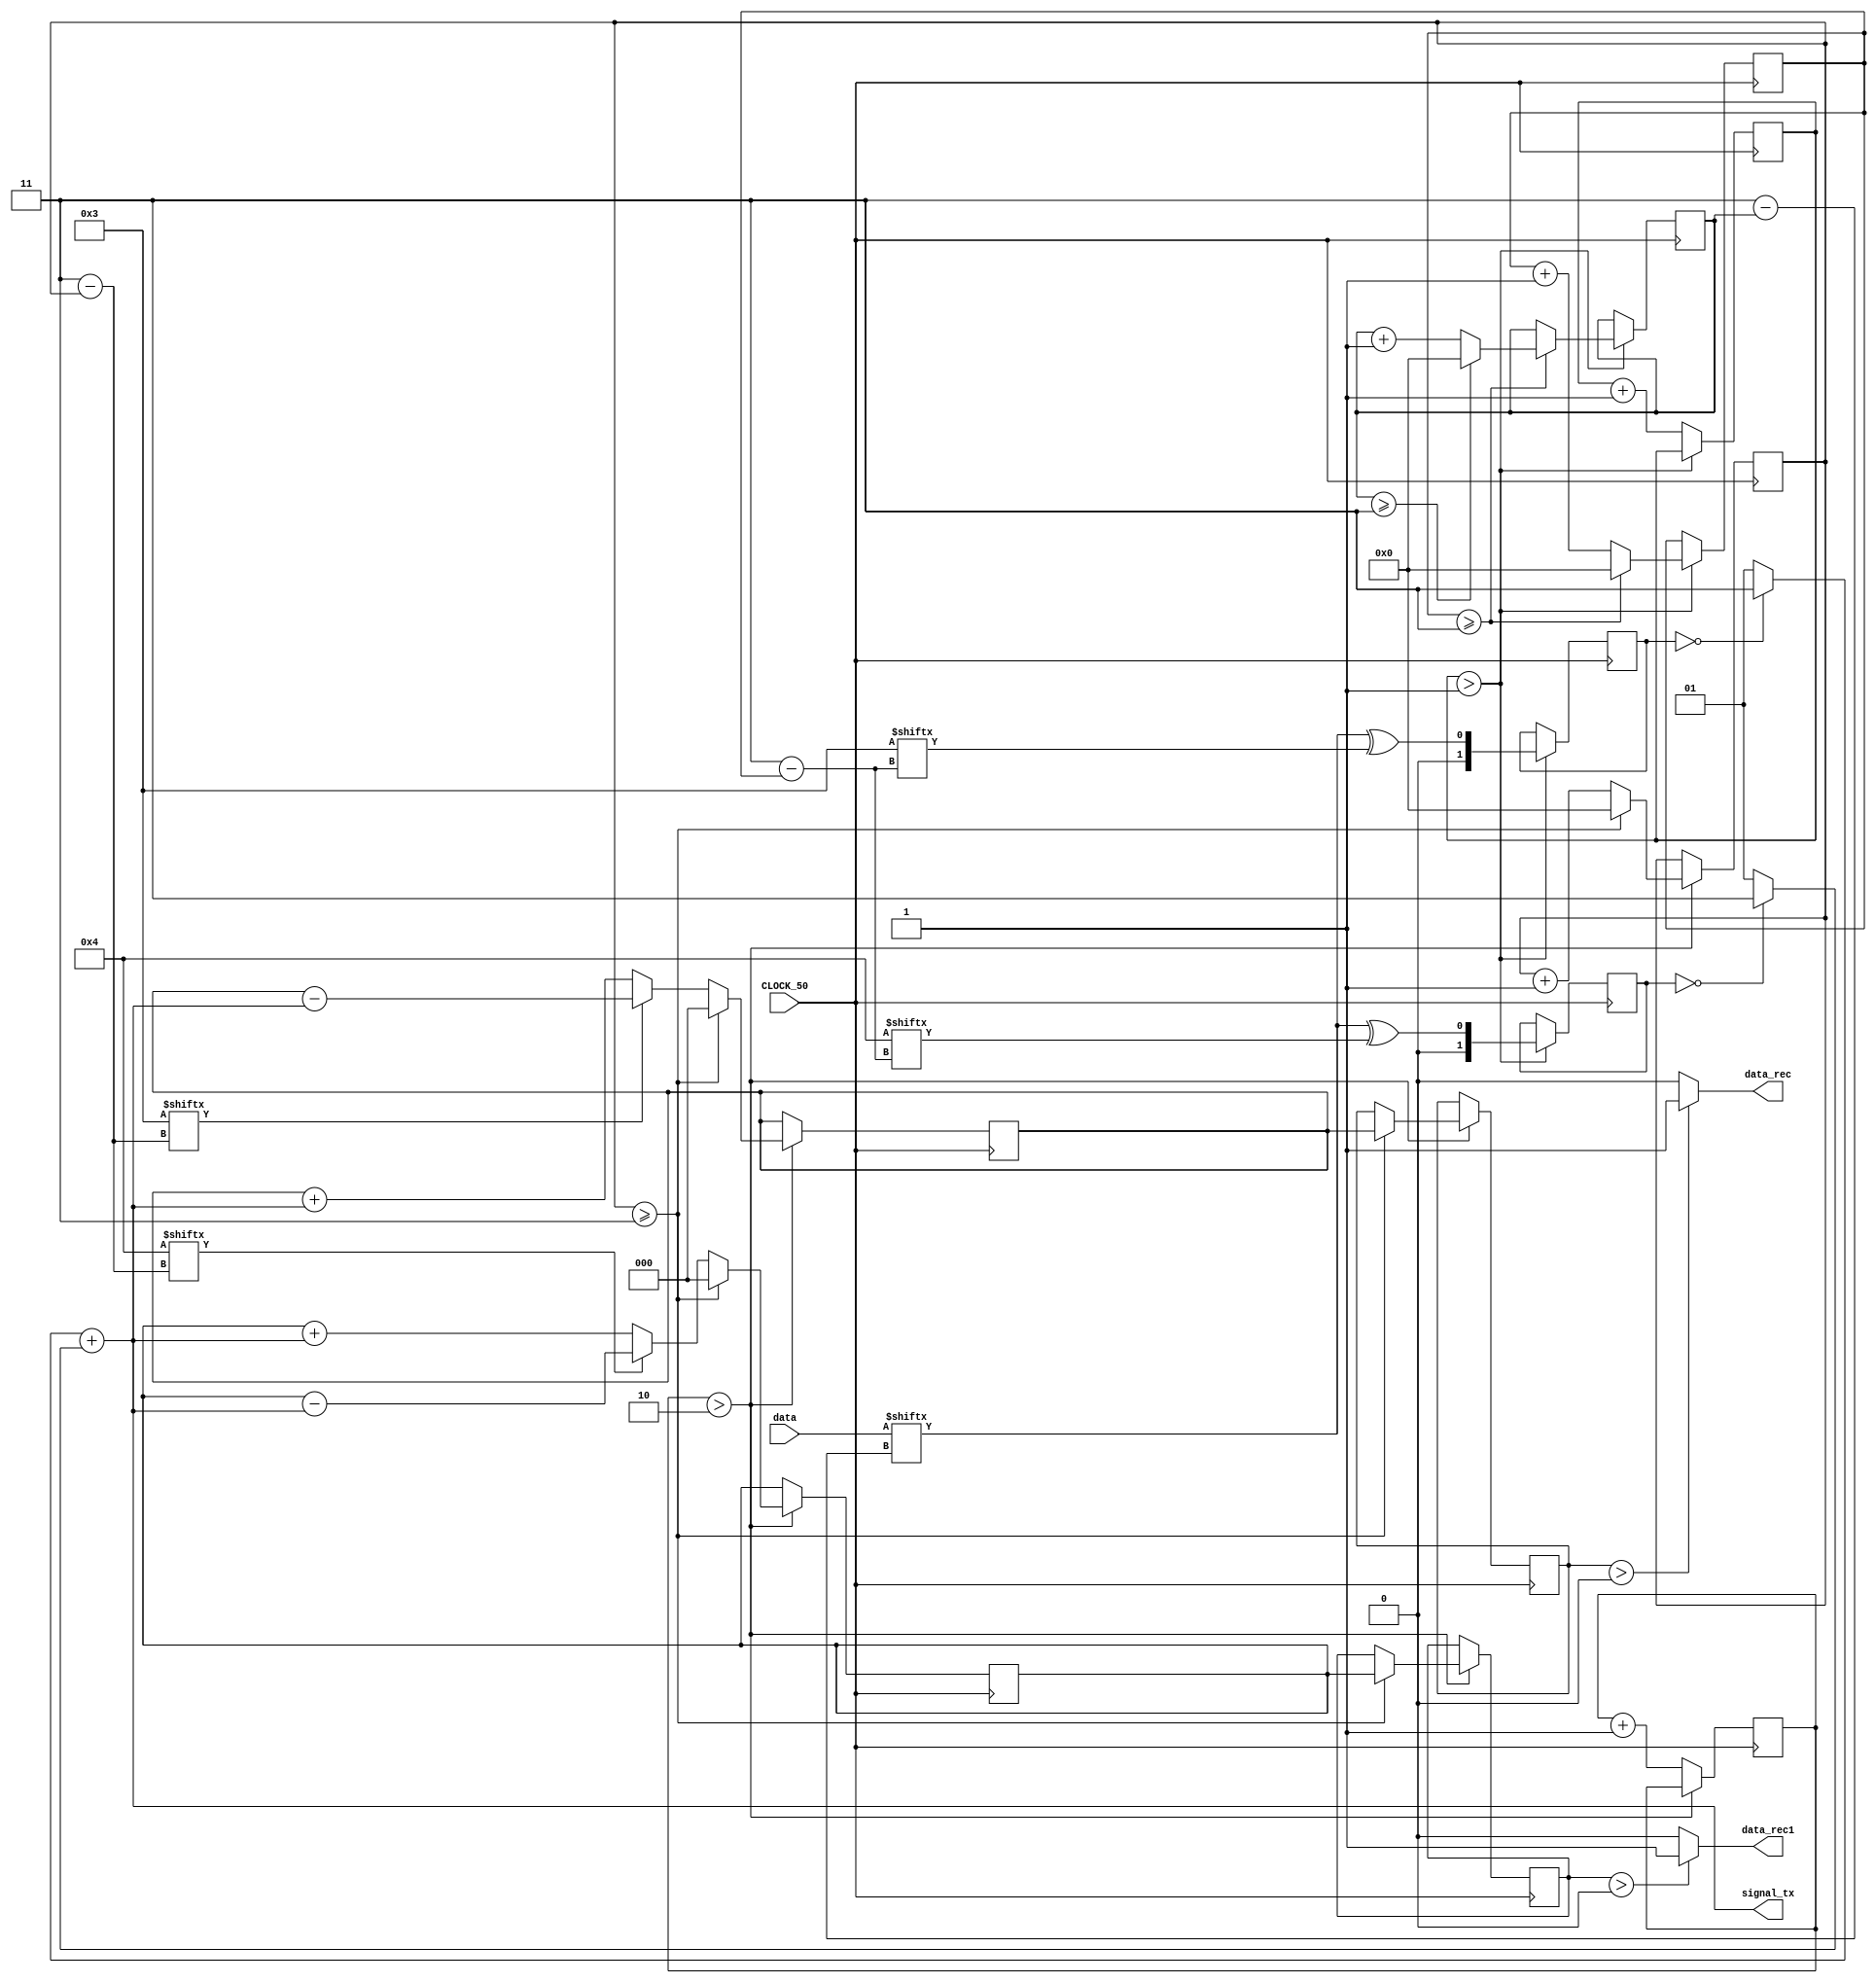
module cdma(CLOCK_50,data,data_rec,data_rec1,signal_tx);
input[0:3] data;//data to be transmitted
reg [0:3]chip =4'b0011; //1st  TX/RX chip sequence
reg [0:3]chip1=4'b0100; //2nd TX/RX chip sequence

reg[1:0] out; // reg for spread value of 1st TX
reg[1:0] out1;// reg for spread value of 2nd TX
input CLOCK_50;

// counters
reg[31:0] i=0;
reg[31:0] j=0;
reg[31:0] m=0;
reg[31:0] count=0;
reg[31:0]sync=0; // variable for syncronization

wire signed [1:0] signal1; //signal from TX1 transmitted
wire signed [1:0] signal2; //signal from TX2 transmitted
output wire signed [2:0] signal_tx;//total signal moving through the channel

output wire  data_rec; // received data of TX1
output wire  data_rec1;// received data of TX2

// variables for the receiver section used for correlation and decoding
reg signed [2:0] despread=0;
reg signed [2:0] ndespread;
reg signed [2:0] despread1=0;
reg signed [2:0] ndespread1;

reg[1:0] positive_vol=2'b01;// positive voltage of 1 V
reg[1:0] negative_vol=2'b11;//negative voltage of -1V

/////Transmitter section//////
always@(posedge CLOCK_50)
begin
if(sync>1)
begin
out<=data[i]^chip[j]; //spread data of transmitter one  with chip sequence chip
out1<=data[i]^chip1[j];//spread data of transmitter two with chip sequence chip1
j<=j+1;
//performing bit wise xor with each data bit and the whole chip sequence to spread the signal
if(j>=3)
	begin
		i<=i+1;
		j<=0;
		if(i>=3)
			begin
				i<=0;
			end	
	end
end
else
begin
sync<=sync+1;
end
end
//transmitting the data bits as signals of +1 and -1 V
assign signal1=(out==0)?negative_vol:positive_vol; //1st signal tranmitting
assign signal2=(out1==0)?negative_vol:positive_vol;//2nd signal transmitting
assign signal_tx=signal1+signal2; //added signal transmitted over the channel


//////Receiver section//////////////
always@(posedge CLOCK_50)
begin
if(count>2)
begin
	despread<=(chip[m]==1)?(despread-(signal_tx)):(despread+(signal_tx)); //correlation of the received signals with the chip
	despread1<=(chip1[m]==1)?(despread1-(signal_tx)):(despread1+(signal_tx)); //correlation of the received signals with the chip
	m<=m+1;
	if(m>=3)
	begin
		ndespread<=despread; //finished correlation of received and chip send to decoding block
		ndespread1<=despread1;//finished correlation of received and chip1 send to decoding block
		despread<=0;
		despread1<=0;
		m<=0;
		
	end	
end
else
	count<=count+1;
end

//decoding of the data at each reciever with specific chip sequence
assign data_rec=(ndespread>0)?1'b1:1'b0; //decoding data of transmitter 1 with chip sequence "defined by Chip"
assign data_rec1=(ndespread1>0)?1'b1:1'b0;  // decoding data of transmitter 2 with chip sequence chip1

endmodule